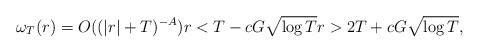
LaTeX: \begin{align*}\omega_T(r)=O((|r|+T)^{-A})r<T-cG\sqrt{\log T} r>2T+cG\sqrt{\log T},\end{align*}